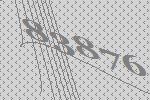
83876